Report on the Nagpur School of Medicine, Central Provinces
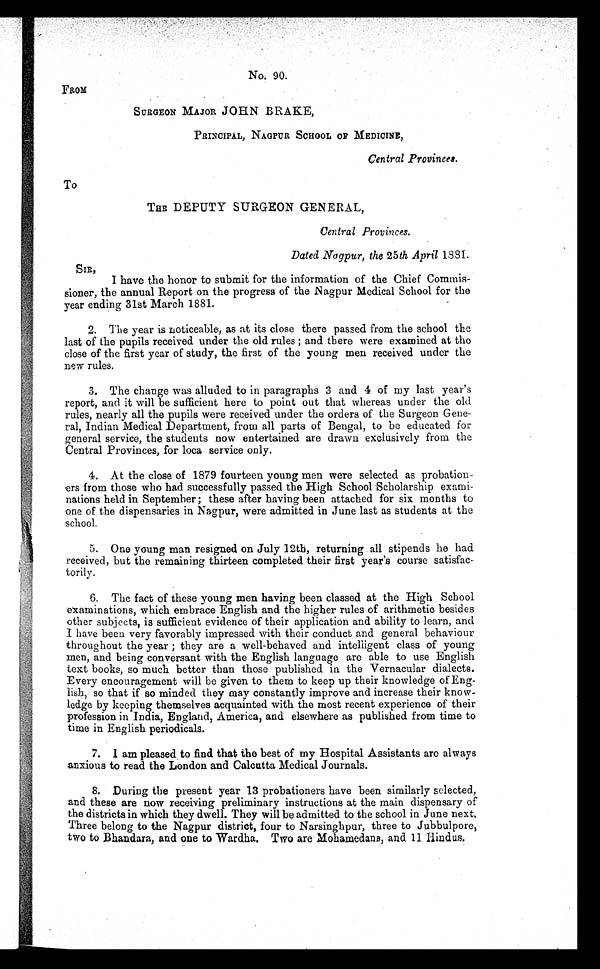
No, 90.
FROM
SURGEON MAJOR JOHN BRAKE,
PRAL, NAGPUR SCHOOL OF MEDICINE,
INCIP
Central Provinces.
To
THE DEPUTY SURGEON GENERAL,
Central Provinces.
Dated Nagpir, the 25th April 1881.
SIR,
I have the honor to submit for the information of the Chief Commis
-sioner, the annual Report on the progress of the Nagpur Medical School for the
year ending 31st March 1881.
2. The year is noticeable, as at its close there passed from the school the
last of the pupils received under the old rules; and there were examined at the
close of the first year of study, the first of the young men received under the
new rules.
3. The change was alluded to in paragraphs 3 and 4 of my last year's
report, and it will be sufficient here to point out that whereas under the old
rules, nearly all the pupils were received under the orders of the Surgeon Gene
-ral, Indian Medical Department, from all parts of Bengal, to be educated for
general service, the students now entertained are drawn exclusively from the
Central Provinces, for loca service only.
4. At the close of 1879 fourteen young men were selected as probation
-ers from those who had successfully passed the High School Scholarship exami
-nations held in September; these after having been attached for six months to
one of the dispensaries in Nagpur, were admitted in June last as students at the
school.
5. One young man resigned on July 12th, returning all stipends he had
received, but the remaining thirteen completed their first year's course satisfac
-torily.
6. The fact of these young men having been classed at the High School
examinations, which embrace English and the higher rules of arithmetic besides
other subjects, is sufficient evidence of their application and ability to learn, and
I have been very favorably impressed with their conduct and general behaviour
throughout the year; they are a well-behaved and intelligent class of young
men, and being conversant with the English language are able to use English
text books, so much better than those published in the Vernacular dialects.
Every encouragement will be given to them to keep up their knowledge of Eng
-lish, so that if so minded they may constantly improve and increase their know
-ledge by keeping themselves acquainted with the most recent experience of their
profession in India, England, America, and elsewhere as published from time to
time in English periodicals.
7. I am pleased to find that the best of my Hospital Assistants are always
anxious to read the London and Calcutta Medical Journals.
8. During the present year 13 probationers have been similarly selected,
and these are now receiving preliminary instructions at the main dispensary of
the districts in which they dwell. They will be admitted to the school in June next.
Three belong to the Nagpur district, four to Narsinghpur, three to Jubbulpore,
two to Bhandara, and one to Wardha. Two are Mohamedans, and 11 Hindus.